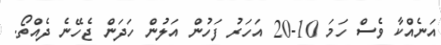
އަނެއްކާ ވެސް ހަމަ 10-20 އަހަރު ފަހުން އަލުން ހަދަން ޖެހޭނެ ދެއްތޯ.